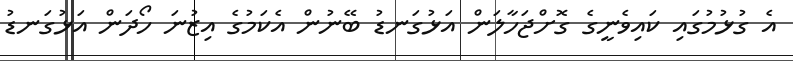
އެ ގުޅުމުގައި ކައިވެނީގެ ގޮށްޖަހާލަން އަޅުގަނޑު ބޭނުން އެކަމުގެ އިޒުނަ ހޯދަން އަޅުގަނޑު